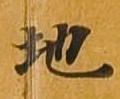
地